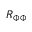
R _ { \Phi \Phi }